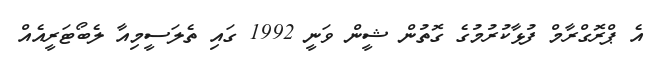
އެ ޕްރޮގްރާމް ފުޅާކުރުމުގެ ގޮތުން ޝީން ވަނީ 1992 ގައި ތެލަސީމިއާ ލެބޯޓަރީއެއް